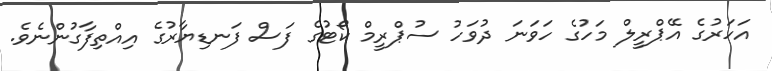
އަހަރުގެ އޭޕްރީލް މަހުގެ ހަވަނަ ދުވަހު ސުޕްރީމް ކޯޓުގެ ފަސް ފަނޑިޔާރުގެ އިއްތިފާގުންނެވެ.